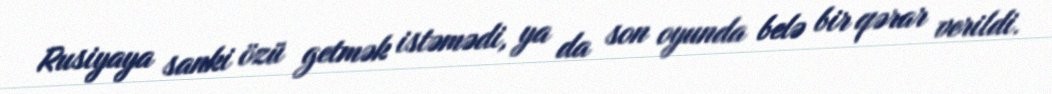
Rusiyaya sanki özü getmək istəmədi, ya da son oyunda belə bir qərar verildi.